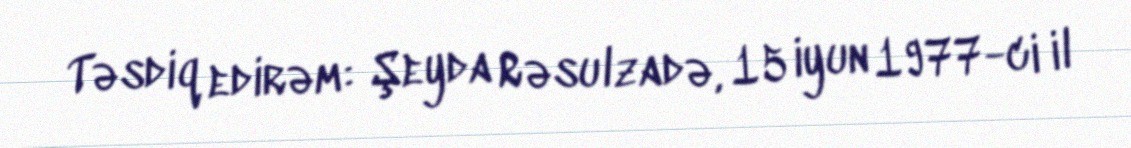
Təsdiq edirəm: Şeyda Rəsulzadə, 15 iyun 1977-ci il